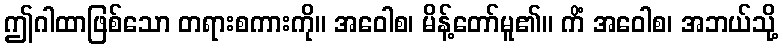
ဤဂါထာဖြစ်သော တရားစကားကို။ အဝေါစ၊ မိန့်တော်မူ၏။ ကိံ အဝေါစ၊ အဘယ်သို့